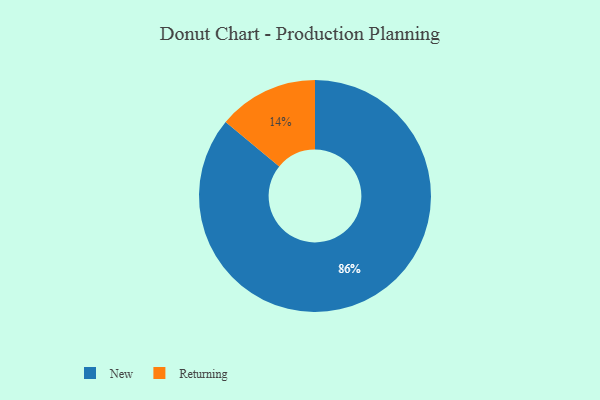
{"axis": {"x": "Category", "y": "Percentage"}, "legend": ["New", "Returning"], "data": [{"x": "New", "y": 86, "type": "New"}, {"x": "Returning", "y": 14, "type": "Returning"}]}